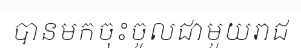
បានមកចុះចូលជាមួយរាជ